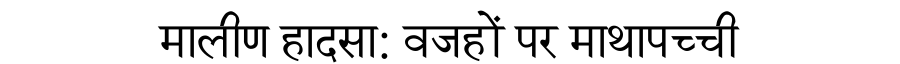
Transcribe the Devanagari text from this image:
मालीण हादसा: वजहों पर माथापच्ची